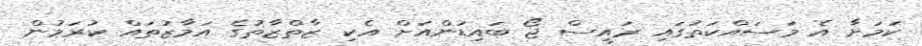
ކަމަށާ އެ މަސައްކަތުގައި ރައީސް ޖޯ ބައިޑަންއަށް އެކި ޒާތްޒާތުގެ އަމާޒުތައް ކުރަމުން